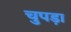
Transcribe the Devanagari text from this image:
चुपड़ा